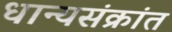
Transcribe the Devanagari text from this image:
धान्यसंक्रांत